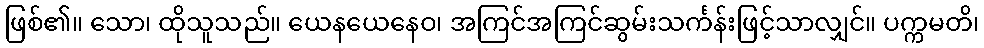
ဖြစ်၏။ သော၊ ထိုသူသည်။ ယေနယေနေဝ၊ အကြင်အကြင်ဆွမ်းသင်္ကန်းဖြင့်သာလျှင်။ ပက္ကမတိ၊